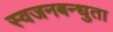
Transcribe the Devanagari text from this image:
स्वजनबन्धुता